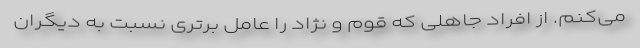
می‌کنم. از افراد جاهلی که قوم و نژاد را عامل برتری نسبت به دیگران